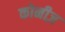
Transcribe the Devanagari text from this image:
कोनीज़